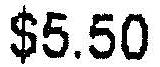
$5.50